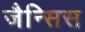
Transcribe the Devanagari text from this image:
जैन्सिस